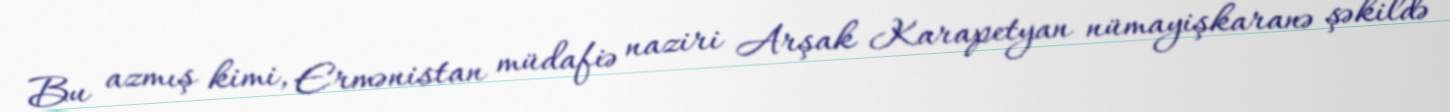
Bu azmış kimi, Ermənistan müdafiə naziri Arşak Karapetyan nümayişkaranə şəkildə